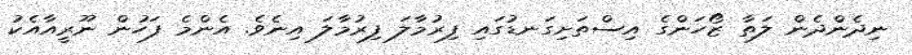
ނިދެންދެން ލަތާ ޒޯހަންގެ އިސްތަށިގަނޑުގައި ފިރުމާލަ ފިރުމާލަ އިނެވެ. އެންމެ ފަހުން ނޫރީއާއެކު